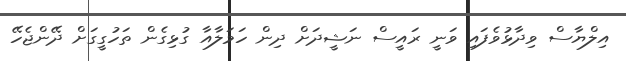
އިލްޔާސް ވިދާޅުވެފައި ވަނީ ރައީސް ނަޝީދަށް ދިން ހަމަލާއާ ގުޅިގެން ތަހުގީގަށް ދޭންޖެހޭ